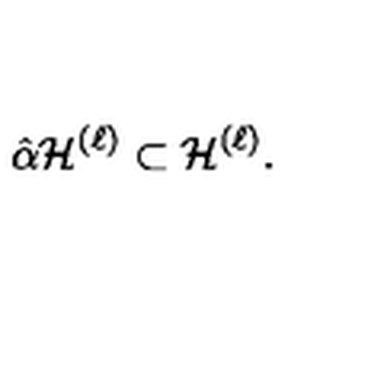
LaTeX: \hat { \alpha } { \cal H } ^ { ( \ell ) } \subset { \cal H } ^ { ( \ell ) } .